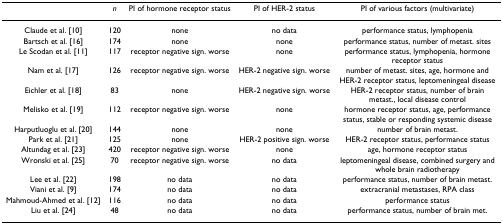
|  | n | PI of hormone receptor status | PI of HER-2 status | PI of various factors (multivariate) |
 | --- | --- | --- | --- | --- |
 | Claude et al. [10] | 120 | none | no data | performance status, lymphopenia |
 | Bartsch et al. [16] | 174 | none | none | performance status, number of metast. sites |
 | Le Scodan et al. [11] | 117 | receptor negative sign. worse | none | performance status, lymphopenia, hormone receptor status |
 | Nam et al. [17] | 126 | receptor negative sign. worse | HER-2 negative sign. worse | number of metast. sites, age, hormone and HER-2 receptor status, leptomeningeal disease |
 | Eichler et al. [18] | 83 | none | HER-2 negative sign. worse | HER-2 receptor status, number of brain metast., local disease control |
 | Melisko et al. [19] | 112 | receptor negative sign. worse | none | hormone receptor status, age, performance status, stable or responding systemic disease |
 | Harputluoglu et al. [20] | 144 | none | none | number of brain metast. |
 | Park et al. [21] | 125 | none | HER-2 positive sign. worse | HER-2 receptor status, performance status |
 | Altundag et al. [23] | 420 | receptor negative sign. worse | none | age, hormone receptor status |
 | Wronski et al. [25] | 70 | receptor negative sign. worse | no data | leptomeningeal disease, combined surgery and whole brain radiotherapy |
 | Lee et al. [22] | 198 | no data | no data | performance status, number of brain metast. |
 | Viani et al. [9] | 174 | no data | no data | extracranial metastases, RPA class |
 | Mahmoud-Ahmed et al. [12] | 116 | no data | no data | performance status |
 | Liu et al. [24] | 48 | no data | no data | performance status, number of brain met. |